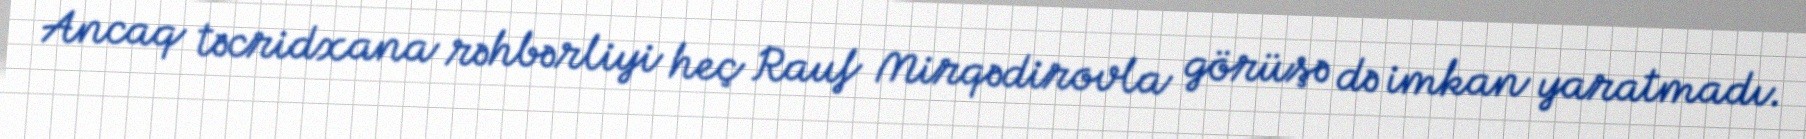
Ancaq təcridxana rəhbərliyi heç Rauf Mirqədirovla görüşə də imkan yaratmadı.